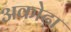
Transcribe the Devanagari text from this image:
अकोढ़ा